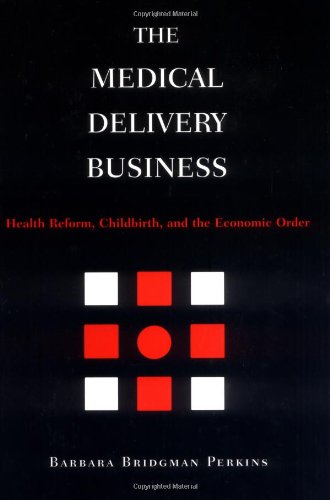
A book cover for The Medical Delivery Business: Health Reform, Childbirth, and the Economic Order; Barbara Bridgman Perkins; Business & Money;